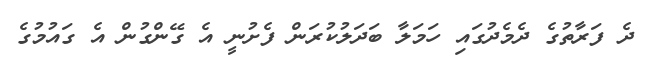
ދެ ފަރާތުގެ ދެމެދުގައި ހަމަލާ ބަދަލުކުރަން ފެށުނީ އެ ގޭންގުން އެ ގައުމުގެ